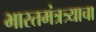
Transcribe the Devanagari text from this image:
भारतमंत्रत्र्याचा